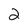
Character: 2